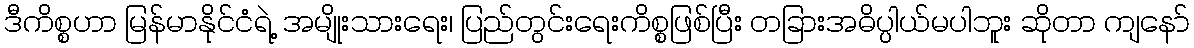
ဒီကိစ္စဟာ မြန်မာနိုင်ငံရဲ့ အမျိုးသားရေး၊ ပြည်တွင်းရေးကိစ္စဖြစ်ပြီး တခြားအဓိပ္ပါယ်မပါဘူး ဆိုတာ ကျနော်